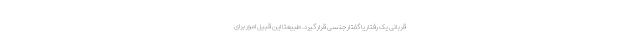
قربانی یک رفتار یا گفتار جنسی قرار گیرد. طبیعتاً این قبیل امور برای